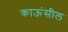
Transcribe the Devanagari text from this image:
काऊंसील